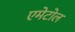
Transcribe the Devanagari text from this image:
एमेटोल